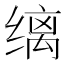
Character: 缡